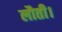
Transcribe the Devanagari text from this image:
लौती।